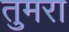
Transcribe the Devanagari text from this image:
तुमरा